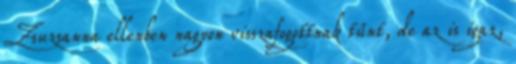
Zsuzsanna ellenben nagyon visszafogottnak tűnt, de az is igaz,